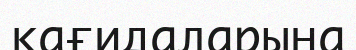
кағидаларына